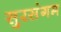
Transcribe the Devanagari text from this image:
सुरसंगम